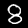
Label: 8